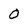
Character: O